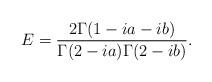
LaTeX: \begin{align*}E = {{2 \Gamma(1 -i a - i b ) } \over {\Gamma(2 -i a) \Gamma(2 -i b) }}.\end{align*}